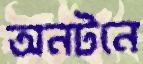
অনটনে